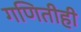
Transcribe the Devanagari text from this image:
गणितीही